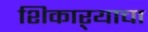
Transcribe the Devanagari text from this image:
शिकाऱ्याचा